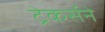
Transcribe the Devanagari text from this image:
ट्रेकर्सने